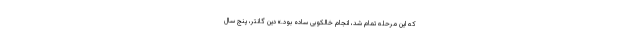
که این مرحله تمام شد، انجام خالکوبی ساده بود.» دین گانتر، پنج سال